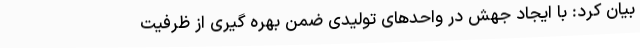
بیان کرد: با ایجاد جهش در واحدهای تولیدی ضمن بهره‌ گیری از ظرفیت